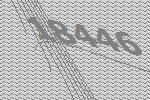
18446